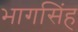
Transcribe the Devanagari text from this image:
भागसिंह